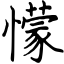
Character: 懞